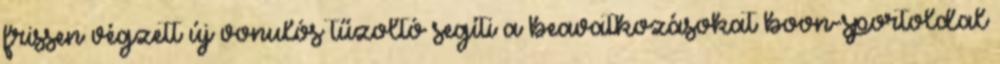
frissen végzett új vonulós tűzoltó segíti a beavatkozásokat boon-sportoldal